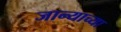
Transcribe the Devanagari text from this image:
जान्याच्या